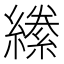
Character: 𦅌